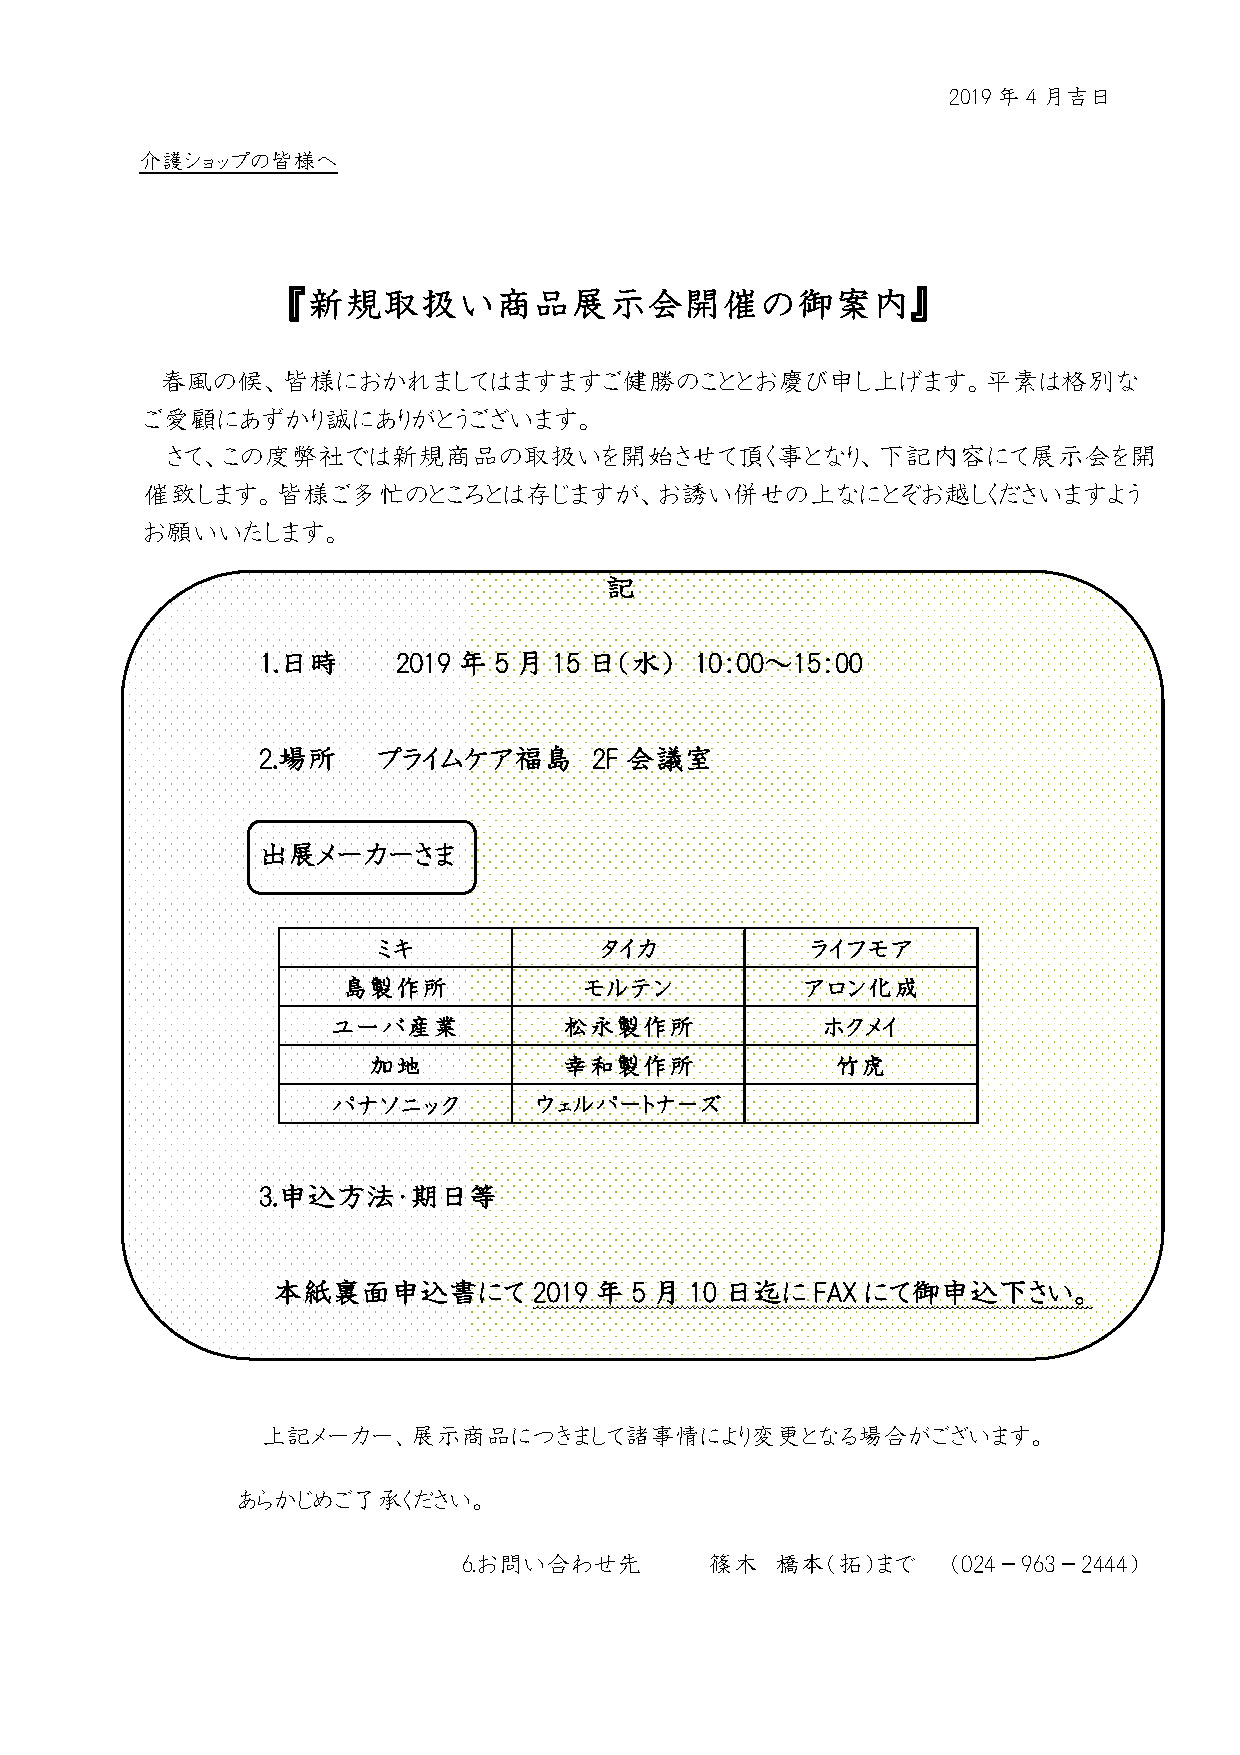
2019年4月吉日
 介護ショップの皆様へ
 『新規取扱い商品展示会開催の御案内』
 春風の候、皆様におかれましてはますますご健勝のこととお慶び申し上げます。平素は格別な
 ご愛顧にあずかり誠にありがとうございます。
 さて、この度弊社では新規商品の取扱いを開始させて頂く事となり、下記内容にて展示会を開
 催致します。皆様ご多忙のところとは存じますが、お誘い併せの上なにとぞお越しくださいますよう
 お願いいたします。
 記
 1.日時     2019 年 5 月 15 日（水）  10：00〜15：00
 2.場所    プライムケア福島      2F 会議室
 出展メーカーさま
 ミキ             タイカ           ライフモア
 島製作所            モルテン          アロン化成
 ユーバ産業          松永製作所             ホクメイ
 加地           幸和製作所             竹虎
 パナソニック        ウェルパートナーズ
 3.申込方法・期日等
 本紙裏面申込書にて        2019 年 5 月 10 日迄に  FAX にて御申込下さい。
 上記メーカー、展示商品につきまして諸事情により変更となる場合がございます。
 あらかじめご了承ください。
 6.お問い合わせ先       篠木  橋本（拓）まで     （024−963−2444）